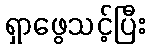
ရှာဖွေသင့်ပြီး